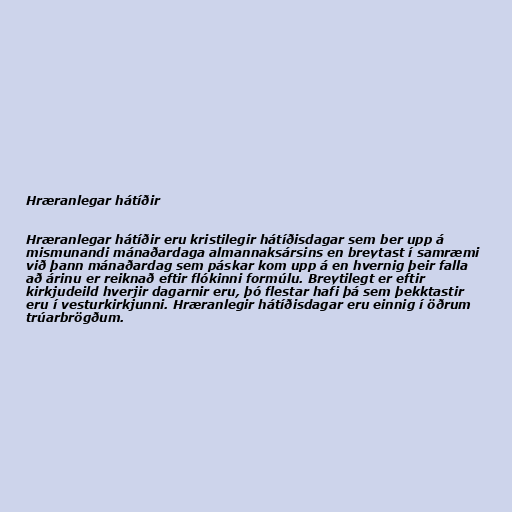
Hræranlegar hátíðir

Hræranlegar hátíðir eru kristilegir hátíðisdagar sem ber upp á
mismunandi mánaðardaga almannaksársins en breytast í samræmi
við þann mánaðardag sem páskar kom upp á en hvernig þeir falla
að árinu er reiknað eftir flókinni formúlu. Breytilegt er eftir
kirkjudeild hverjir dagarnir eru, þó flestar hafi þá sem þekktastir
eru í vesturkirkjunni. Hræranlegir hátíðisdagar eru einnig í öðrum
trúarbrögðum.